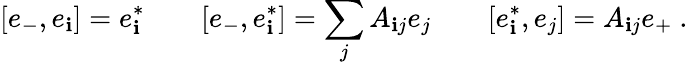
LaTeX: [e_{-},e_{\mathbf{i}}]=e_{\mathbf{i}}^{*}\qquad[e_{-},e_{\mathbf{i}}^{*}]=\sum_{j}A_{\mathbf{i}j}e_{j}\qquad[e_{\mathbf{i}}^{*},e_{j}]=A_{\mathbf{i}j}e_{+}~.